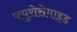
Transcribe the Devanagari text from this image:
फ्युरोसेमाइड